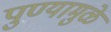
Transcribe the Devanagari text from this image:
पुण्यामुळे